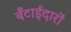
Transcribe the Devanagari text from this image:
बँटाईदारों